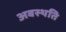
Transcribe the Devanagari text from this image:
अवस्थति